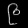
Digit: ၉